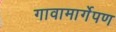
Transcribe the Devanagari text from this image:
गावामार्गेपण